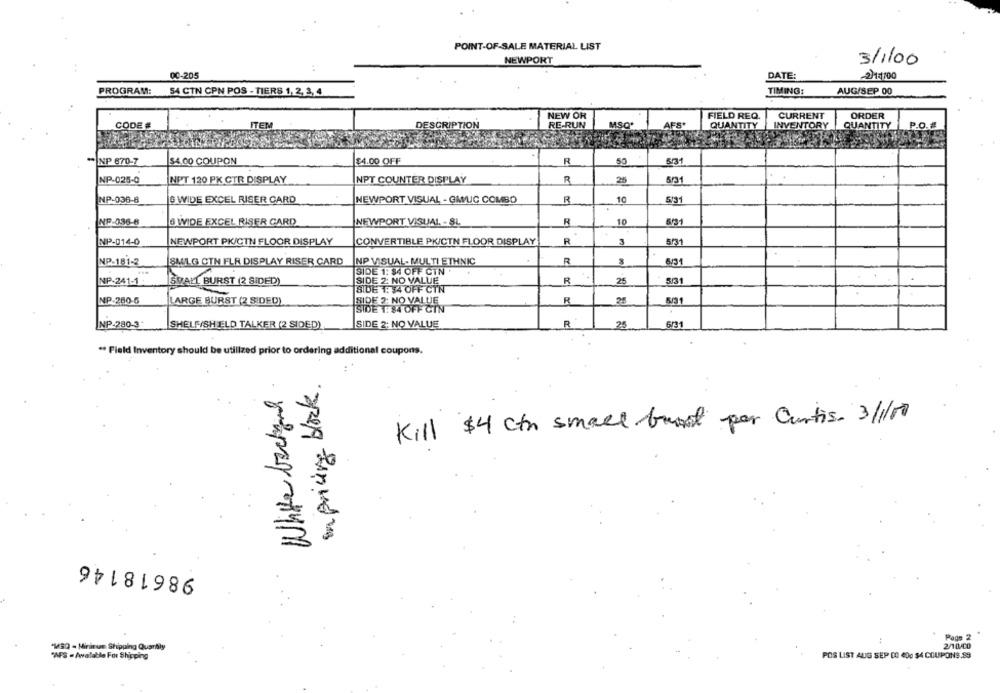
POINT-OF-SALE MATERIAL LIST
NEWPORT
3/1/00
00-205
DATE:
2)1:100
PROGRAM:
AUG/SEP 00
54 CTN CPN POS - TIERS 1, 2, 3,4
TIMING:
NEW OR
FIELD REQ.
CURRENT
ORDER
CODE #
TEM
RE-RUN
MSQ*
AFS.
QUANTITY
INVENTORY
QUANTITY
P.O.#
DESCRIPTION
NP 870-7
$4.00 COUPON
$4.00 OFF
R
NP-025-0
INPT 120 PK CTR DISPLAY
NPT COUNTER DISPLAY
R
25
5/31
NP-036-8
G WIDE EXCEL RISER CARD
NEWPORT VISUAL - GAMUC COMBO
R
10
5131
NP-036-8
6 WIDE EXCEL RISER CARD
NEWPORT VISUAL - SL
R
10
NP-014-0
NEWPORT PK/CTN FLOOR DISPLAY
CONVERTIBLE PKICTN FLOOR DISPLAY
R
3
B/31
NP-181-2
SALG CTN FLR DISPLAY RISER CARD
NP VISUAL- MULTI ETHNIC
R
6/31
SIDE 1: 34 OFF CIN
NP-241-1
SMALL BURST (2 SIDED)
SIDE 2: NO VALUE
R
25
5/31
SIDE 1: 34 OFF CTN
NP-280-5
LARGE BURST (2 SIDED)
SIDE 2: NO VALUE
R
2
6/31
SIDE 1. 84 OFF CIN
NP-280-3
SHELFISH ELD TALKER (2 SIDED)
SIDE 2: NO VALUE
R
25
6/31
** Field Inventory should be utilized prior to ordering additional coupons.
in pricing block.
White backand
Kill $4 cth small burst per Curtis. 3/1/10
98618146
Page 2
2/10/00
"M3Q - Minimum Shipping Quartaly
"AFS - Available For Shipping
POS LIST AUG SEP 00 400 $4 COUPONS.89